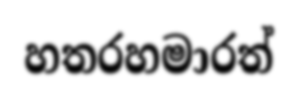
හතරහමාරත්